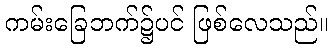
ကမ်းခြေဘက်၌ပင် ဖြစ်လေသည်။